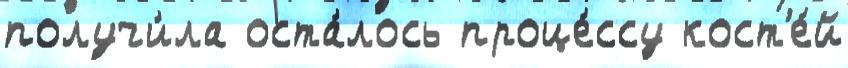
получи́ла оста́лось проце́ссу кост'е́й